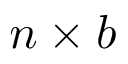
n \times b